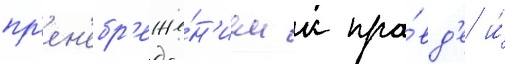
пр'ен'ебр'еже́н'ием к пра́вд'е и́